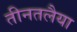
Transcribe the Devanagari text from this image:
तीनतलैया